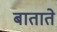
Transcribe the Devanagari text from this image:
बाताते